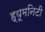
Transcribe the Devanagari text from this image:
ह्यूमनिटी